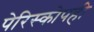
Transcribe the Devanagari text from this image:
पेरिस्कोपही